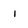
Character: i